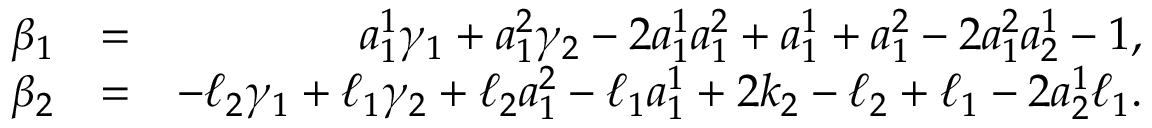
\begin{array} { r l r } { \beta _ { 1 } } & { = } & { a _ { 1 } ^ { 1 } \gamma _ { 1 } + a _ { 1 } ^ { 2 } \gamma _ { 2 } - 2 a _ { 1 } ^ { 1 } a _ { 1 } ^ { 2 } + a _ { 1 } ^ { 1 } + a _ { 1 } ^ { 2 } - 2 a _ { 1 } ^ { 2 } a _ { 2 } ^ { 1 } - 1 , } \\ { \beta _ { 2 } } & { = } & { - \ell _ { 2 } \gamma _ { 1 } + \ell _ { 1 } \gamma _ { 2 } + \ell _ { 2 } a _ { 1 } ^ { 2 } - \ell _ { 1 } a _ { 1 } ^ { 1 } + 2 k _ { 2 } - \ell _ { 2 } + \ell _ { 1 } - 2 a _ { 2 } ^ { 1 } \ell _ { 1 } . } \end{array}